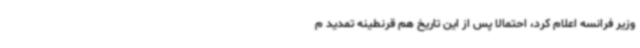
وزیر فرانسه اعلام کرد، احتمالا پس از این تاریخ هم قرنطینه تمدید م